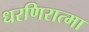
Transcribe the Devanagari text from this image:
धरणिरात्मा